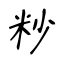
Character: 粆